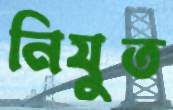
নিযুত